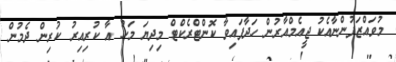
މުވައްޒަފުންނާއެކު ޖީއެމްއާރުން ހަދާފައިވާ ކޮންޓްރެކްޓް މިދިޔަ މަހު އާ ކުރިއިރު ކުރިން ދެމުން